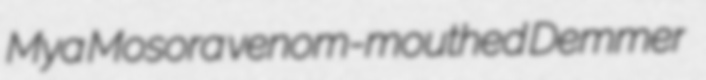
Mya Mosora venom-mouthed Demmer